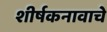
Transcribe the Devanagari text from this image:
शीर्षकनावाचे